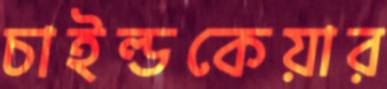
চাইল্ডকেয়ার